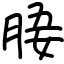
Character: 𣍲